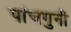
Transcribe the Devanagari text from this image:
पांचगुनी